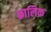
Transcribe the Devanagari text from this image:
क्रालिक